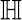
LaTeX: \mathbb{H}